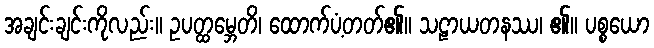
အချင်းချင်းကိုလည်း။ ဥပတ္ထမ္ဘေတိ၊ ထောက်ပံ့တတ်၏။ သဠာယတနဿ၊ ၏။ ပစ္စယော